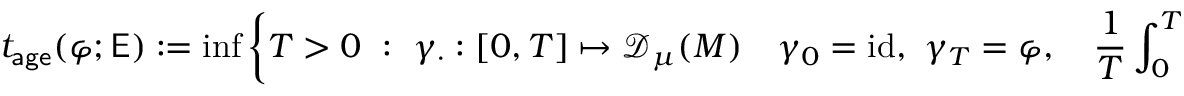
t _ { \mathsf { a g e } } ( \varphi ; \mathsf { E } ) : = \operatorname* { i n f } \left\{ T > 0 \ : \ \gamma _ { \cdot } : [ 0 , T ] \mapsto { \mathscr { D } _ { \mu } ( M ) } \quad \gamma _ { 0 } = \mathrm { i d } , \ \gamma _ { T } = \varphi , \quad \frac { 1 } { T } \int _ { 0 } ^ { T } \| \dot { \gamma } _ { \tau } \| _ { L ^ { 2 } ( M ) } ^ { 2 } \mathrm { d } \tau \leq \mathsf { E } \right\} .